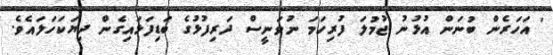
' އަހަރެން ބުނަން އުޅުނު ޖުމުލަ ފުރިހަމަ ނުވަނީސް ދަރިފުޅުގެ ބަޑިފަޅައިގެން ދިޔަކަހަލައެވެ.